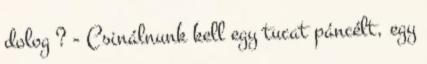
dolog ? - Csinálnunk kell egy tucat páncélt, egy